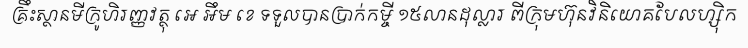
គ្រឹះស្ថានមីក្រូហិរញ្ញវត្ថុ អេ អឹម ខេ ទទួលបានប្រាក់កម្ចី ១៥លានដុល្លារ ពីក្រុមហ៊ុនវិនិយោគបែលហ្ស៊ិក